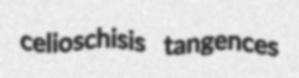
celioschisis tangences